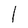
Character: l